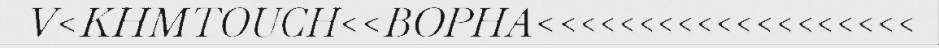
V<KHMTOUCH<<BOPHA<<<<<<<<<<<<<<<<<<<